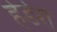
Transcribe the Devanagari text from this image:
हेडेरा